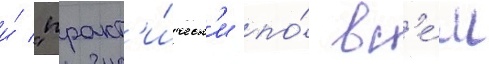
и́ "практ'и́ческ'и по́ вс'е́м